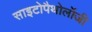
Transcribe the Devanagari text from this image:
साइटोपैथोलॉजी